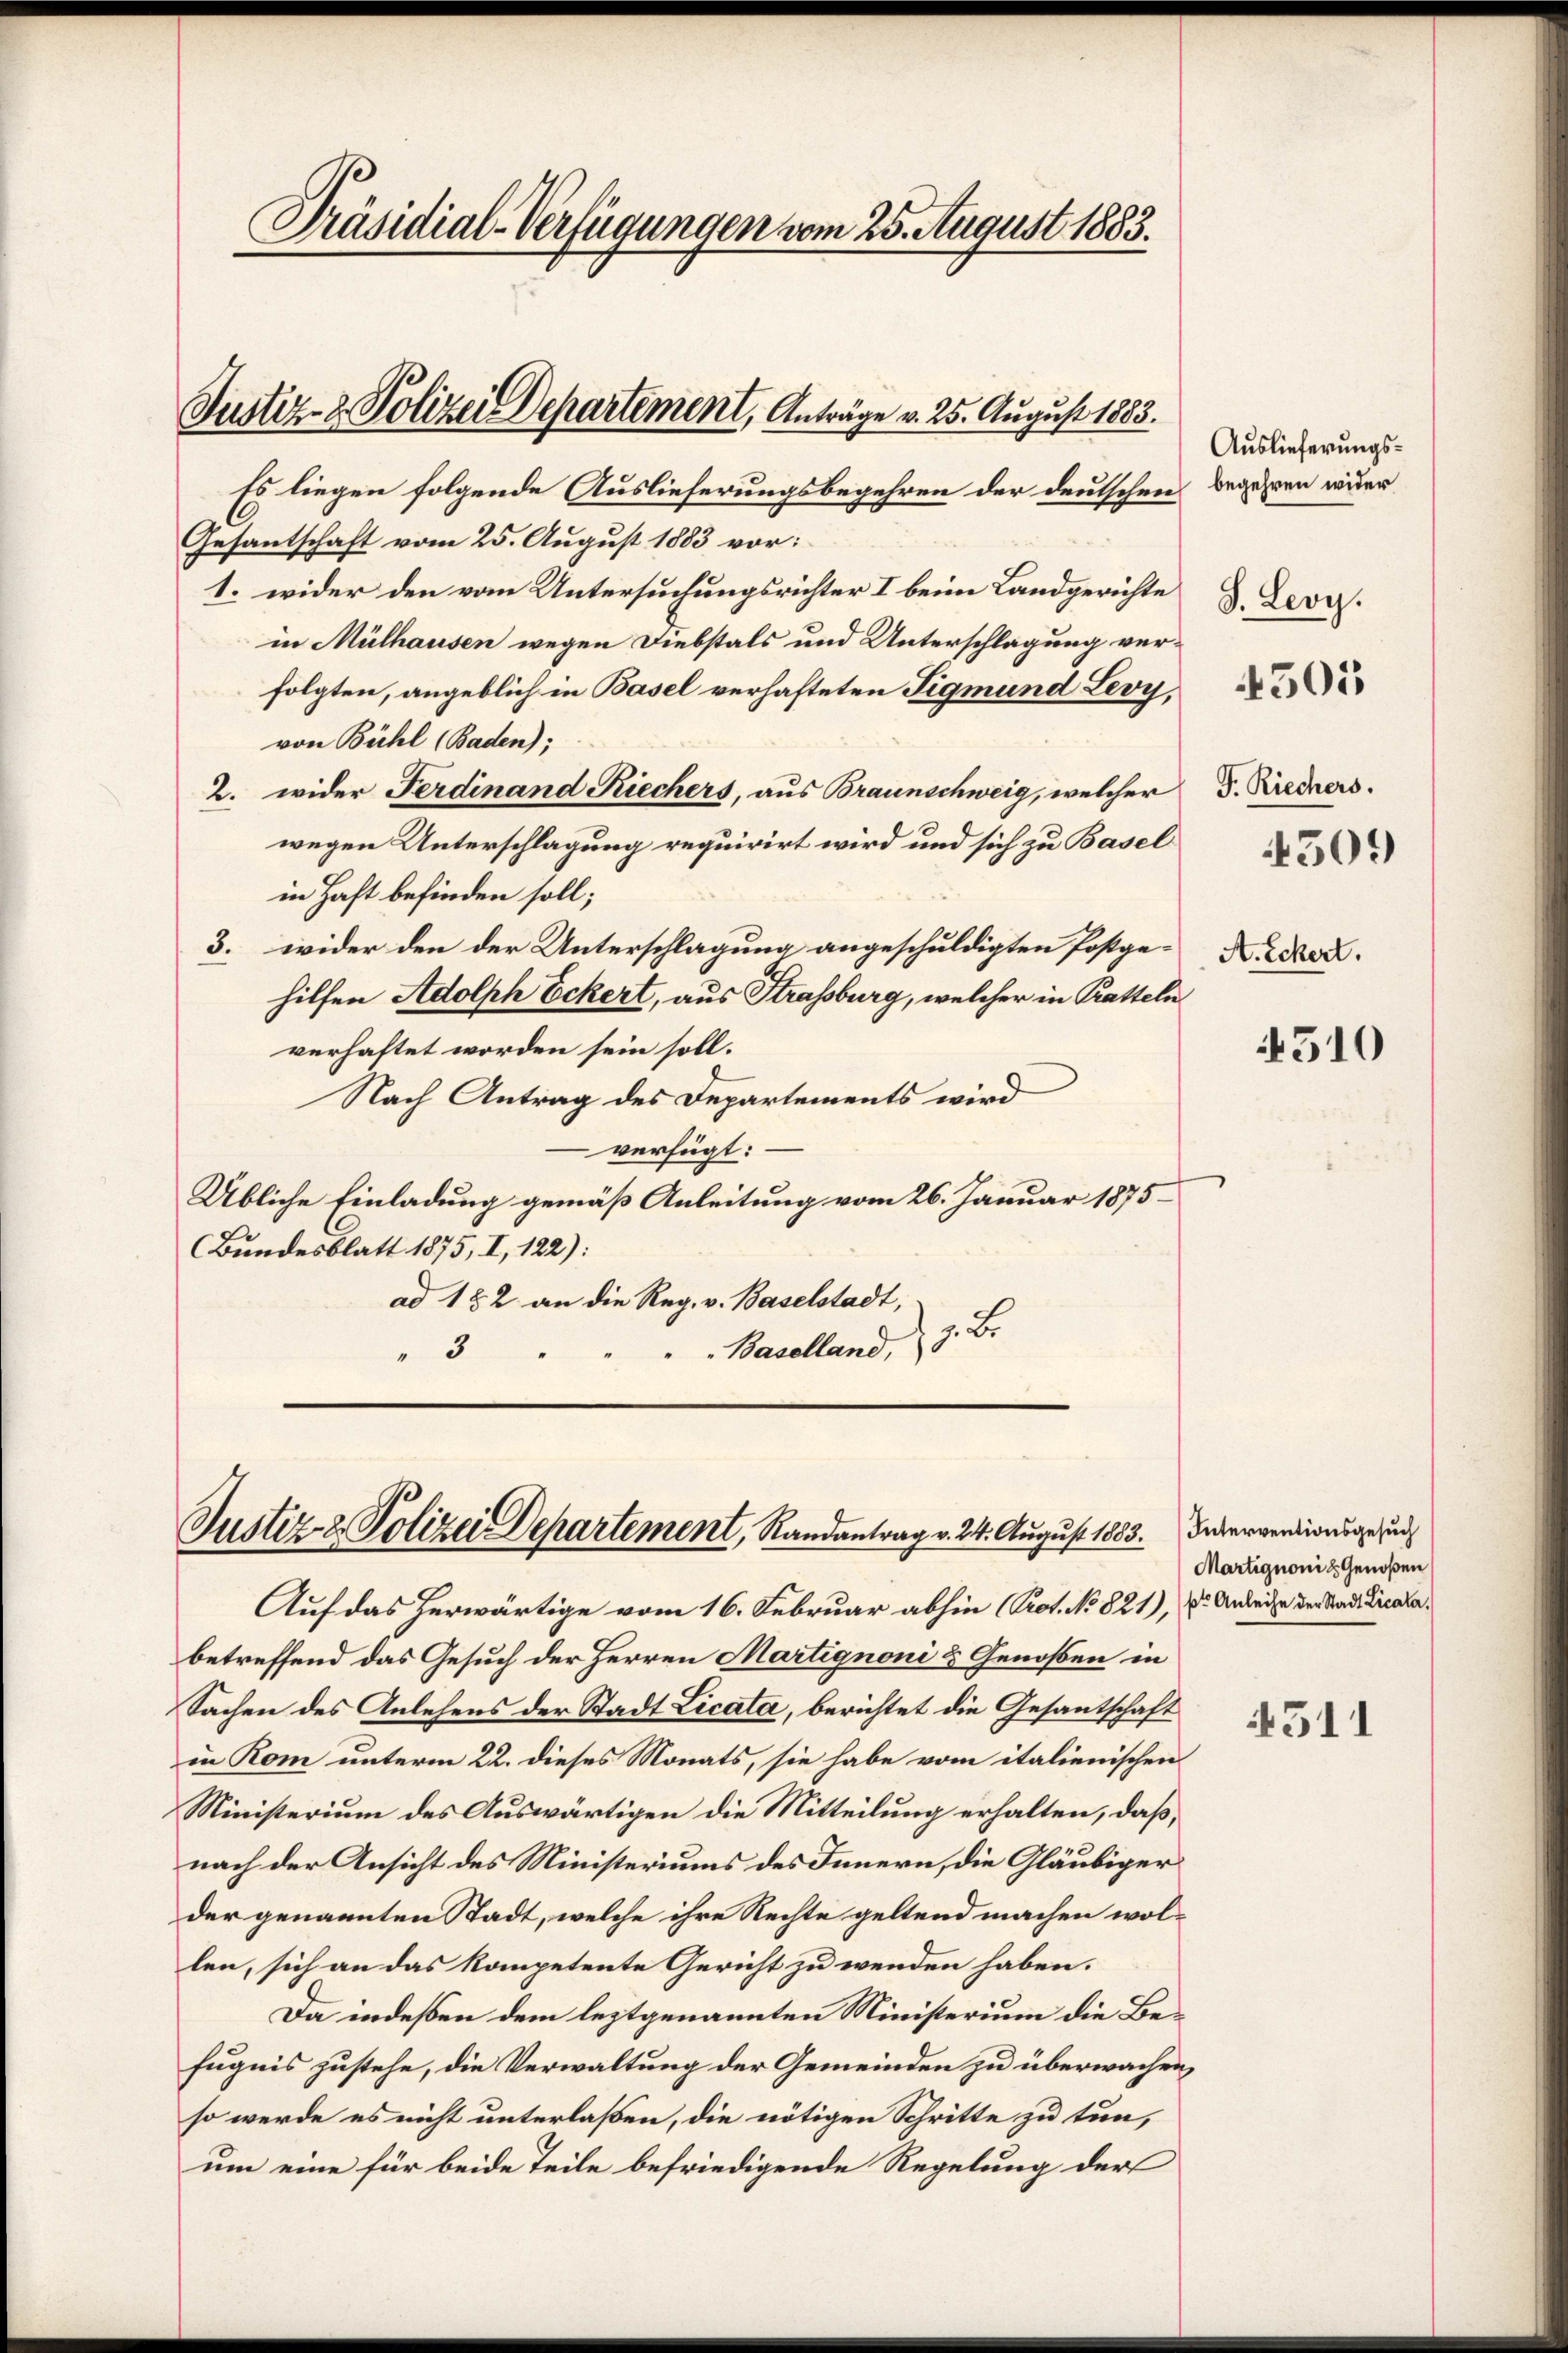
Präsidial-Verfügungen vom 25. August 1883.

Justiz- & Polizei Departement, Anträge v. 25. August 1883.

Es liegen folgende Auslieferungsbegehren der deutschen begehren wider
C
Gesantschaft vom 25. August 1883 vor:
1. wider den vom Untersuchungsrichter I beim Landgerichte
in Mülhausen wegen Diebstals und Unterschlagung verfolgten, angeblich in Basel verhafteten Tigmund Levy,
von Bühl (Baden);
2. wider Ferdinand Kiechers, aus Braunschweig, welcher J. Riechers.
wegen Unterschlagung requirirt wird und sich zu Basel
in Haft befinden soll;
3. wider den der Unterschlagung angeschuldigten Postge-Konhilfen Adolph Eckert, aus Strassburg, welcher in Kratteln
verhaftet worden sein soll.
Nach Antrag des Departements wird
verfügt:
Übliche Einladung gemäß Anleitung vom 26. Januar 1875
Bundesblatt 1875, I, 122):
ad 122 an die Reg. v. Baselstadt,
7. 2
Baselland,
3

Justiz- & Polizei Departement, Randantrag v. 24. August 1883. Interverdienige un

Auf das herwärtige vom 16. Februar abhin (Prot. No 821), Dr. Anleihe der Stadt Dicatabetreffend das Gesuch der Herren Martignoni & Genossen in
Sachen des Anlehens der Stadt Licata, berichtet die Gesantschaft
in Rom unterm 22. dieses Monats, sie habe vom italienischen
Ministerium des Auswärtigen die Mitteilung erhalten, daß,
nach der Ansicht des Ministeriums des Innern, die Gläubiger
der genannten Stadt, welche ihre Rechte geltend machen wol-
len, sich an das kompetente Gericht zu wenden haben.
Da indeßen dem leztgenannten Ministerium die Befugnis zustehe, die Verwaltung der Gemeinden zu überwachen,
so werde es nicht unterlaßen, die nötigen Schritte zu tun,
um eine für beide Teile befriedigende Regelung der

Auslieferungs¬
J. Leoy.

4505

4509

510

Martignonik Genoßen

4511